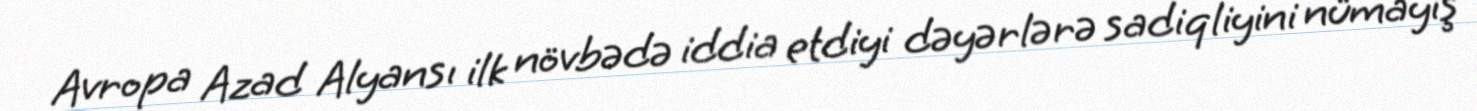
Avropa Azad Alyansı ilk növbədə iddia etdiyi dəyərlərə sadiqliyini nümayiş